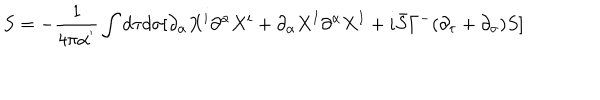
S = - \frac { 1 } { 4 \pi \alpha ^ { ' } } \int d \tau d \sigma [ \partial _ { \alpha } X ^ { i } \partial ^ { \alpha } X ^ { i } + \partial _ { \alpha } X ^ { I } \partial ^ { \alpha } X ^ { I } + i \bar { S } \Gamma ^ { - } ( \partial _ { \tau } + \partial _ { \sigma } ) S ]